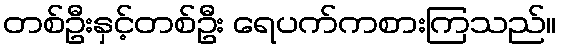
တစ်ဦးနှင့်တစ်ဦး ရေပက်ကစားကြသည်။